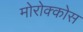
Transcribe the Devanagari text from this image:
मोरोक्कोस